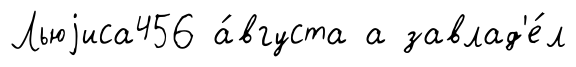
Льюjиса456 а́вгуста а завлад'е́л